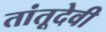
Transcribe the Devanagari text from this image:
तांतूदेवी